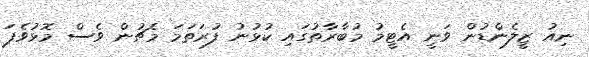
ނިއު ޒީލެންޑުން ވަނީ އެޓީމު މުބާރާތުގައި ކުޅުނު ފުރަތަމަ މެޗުން ވެސް މޮޅުވެފަ